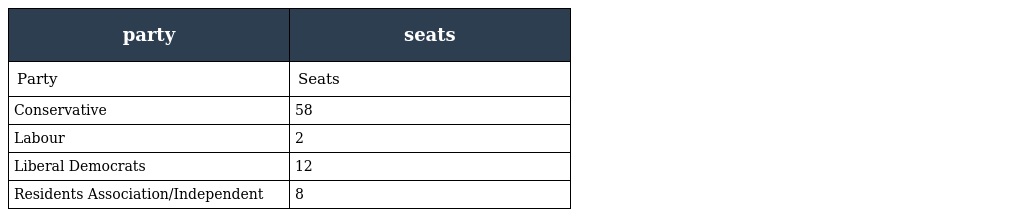
| party | seats |
 | --- | --- |
 | Party | Seats |
 | Conservative | 58 |
 | Labour | 2 |
 | Liberal Democrats | 12 |
 | Residents Association/Independent | 8 |